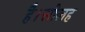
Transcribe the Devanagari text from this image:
है।सोलह